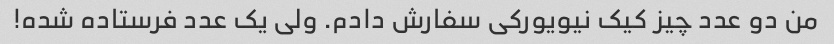
من دو عدد چیز کیک نیویورکی سفارش دادم. ولی یک عدد فرستاده شده!